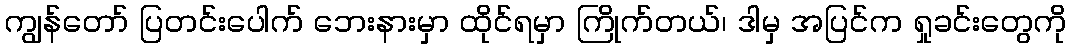
ကျွန်တော် ပြတင်းပေါက် ဘေးနားမှာ ထိုင်ရမှာ ကြိုက်တယ်၊ ဒါမှ အပြင်က ရှုခင်းတွေကို